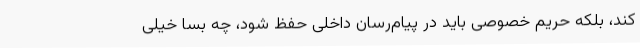
کند، بلکه حریم خصوصی باید در پیام‌رسان داخلی حفظ شود، چه بسا خیلی